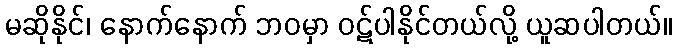
မဆိုနိုင်၊ နောက်နောက် ဘဝမှာ ဝဋ်ပါနိုင်တယ်လို့ ယူဆပါတယ်။